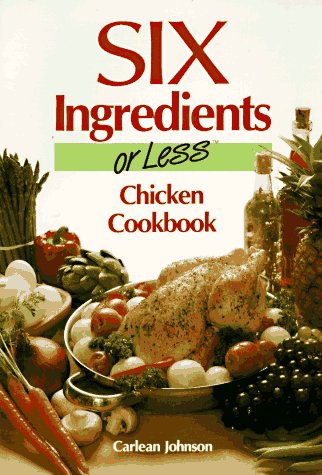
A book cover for Six Ingredients or Less: Chicken Cookbook; Carlean Johnson; Cookbooks, Food & Wine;